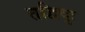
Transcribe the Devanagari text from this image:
तद्विदुः